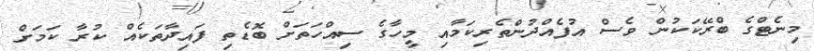
މިނެޓްގެ ބްރޭކަކުން ވެސް އުފެއްދުންތެރިކަމާއި މީހާގެ ސިއްހަތަށް ބޮޑެތި ފައިދާތަކެއް ކުރާ ކަމަށް